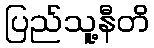
ပြည်သူ့နီတိ